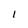
Character: 1